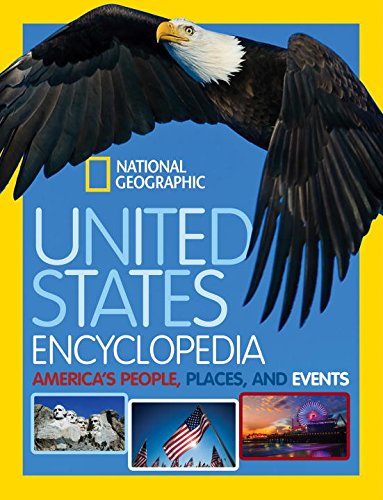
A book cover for United States Encyclopedia: America's People, Places, and Events; National Geographic Kids; Reference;